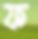
ফ